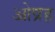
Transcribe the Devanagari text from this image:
ओप्रह